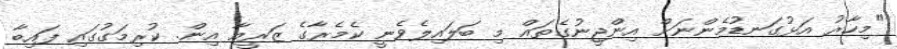
"މިހާރު އަޅުގަނޑުމެންނަށް އިންޖީނުގެތައް މި ބަލައިލެވެނީ ކެމެރާގެ ޒަރީއާ އިން. ކުރިމަގުގައި ފައިބާ